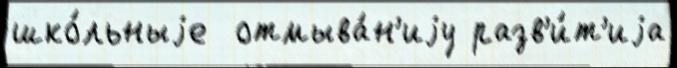
шко́льныjе  отмыва́н'иjу разв'и́т'иjа